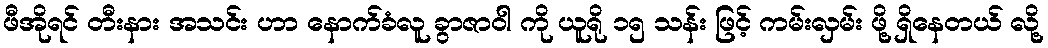
ဖီအိုရင် တီးနား အသင်း ဟာ နောက်ခံလူ ခွာဇာဝါ ကို ယူရို ၁၅ သန်း ဖြင့် ကမ်းလှမ်း ဖို့ ရှိနေတယ် လို့